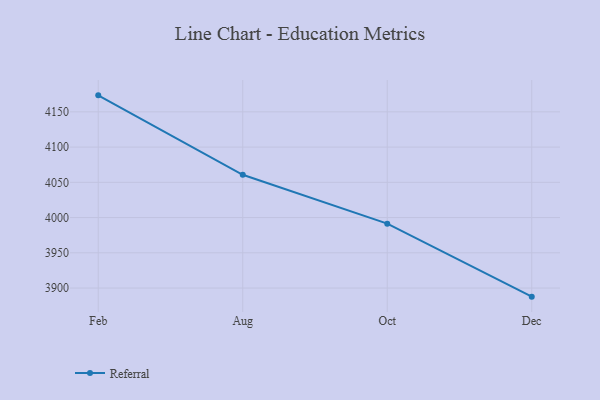
{"axis": {"x": "Month", "y": "Operating Costs (USD K)"}, "legend": ["Referral"], "data": [{"x": "Feb", "y": 4173.4, "type": "Referral"}, {"x": "Aug", "y": 4060.7, "type": "Referral"}, {"x": "Oct", "y": 3991.4, "type": "Referral"}, {"x": "Dec", "y": 3887.8, "type": "Referral"}]}